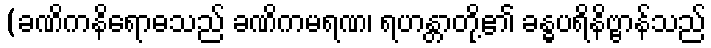
(ခဏိကနိရောဓသည် ခဏိကမရဏ၊ ရဟန္တာတို့၏ ခန္ဓပရိနိဗ္ဗာန်သည်